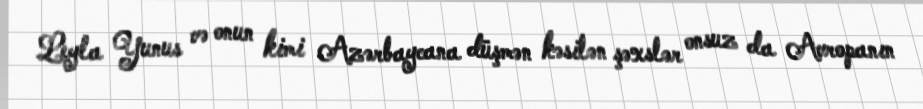
Leyla Yunus və onun kimi Azərbaycana düşmən kəsilən şəxslər onsuz da Avropanın